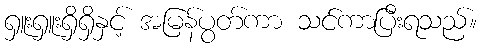
ရှူးရှူးရှိရှိနှင့် အမြန်ပွတ်ကာ သင်ကာပြီးရသည်။